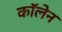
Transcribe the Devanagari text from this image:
कॉलेन